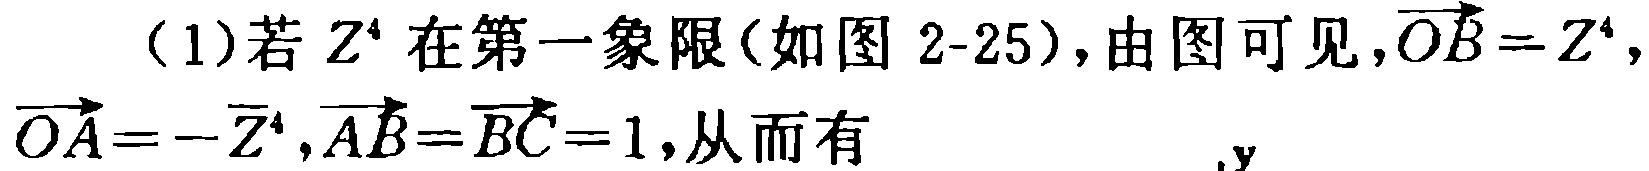
（1）若\(Z^{4}\)在第一象限(如图 2-25)，由图可见，\(\overrightarrow{OB}=Z^{4}\)，\(\overrightarrow{OA}=-\overline{Z}^{4}\)，\(\overrightarrow{AB}=\overrightarrow{BC}=1\)，从而有